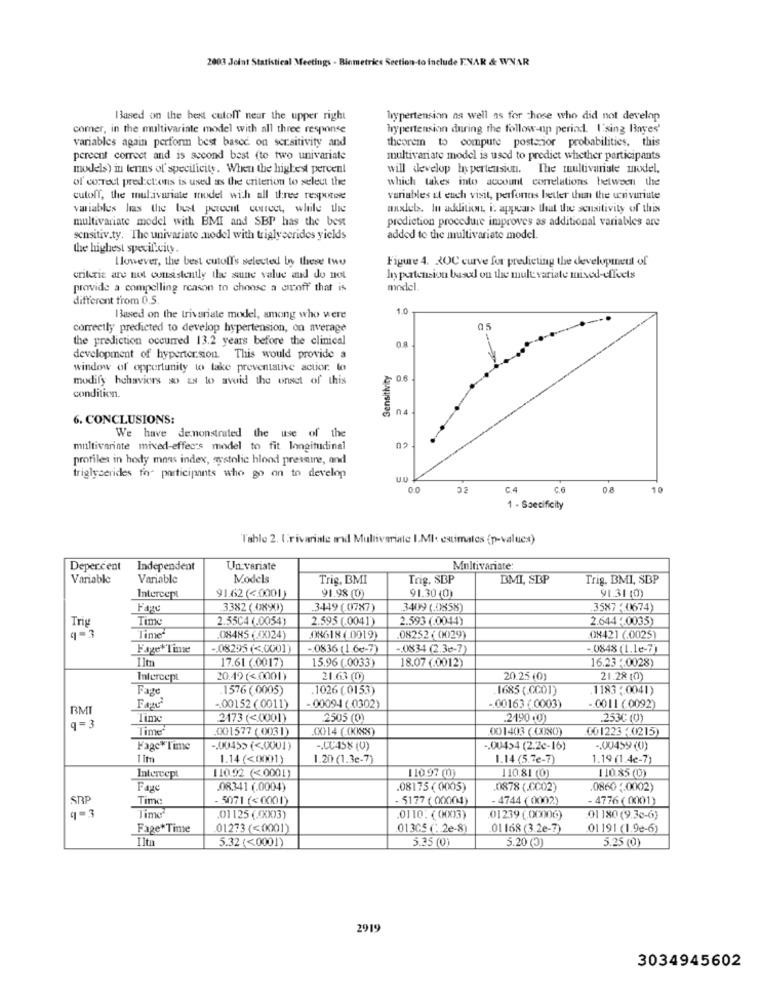
2003 Joint Statistical Meetings - Biometrics Section-to Include ENAR & WNAR
Based on the best cutoff near the upper right
hypertension as well as for those who did not develop
comer, in the multivariate model with all three response
hypertension during the follow-up period. l'sing Binyes'
variables again perform best based on sensitivity and
theorem to compute posterior probabilities. this
percent correct and is second best (to two univariate
multivariate model is used to predict whether participants
models) in tenns of specificity. When the highest percent
will develop hypertension. The multivariate model,
of correct predictions is used as the criterion to select the
which takes into account correlations between the
cutoff, the multivariate model with all three resporee
variables et euch visit, perfonns better than the wnivuriute
variables has the best percent correct, while the
auxlets. In addition, i. appear> but the sensitivity of this
multivariate model with BMI and SBP has the best
prediction procedure improves as additional variables are
sensitiv.ty. The univariate model with triglycerides yields
added to the multivariate model.
the highest specificity.
However, the best cutoff's selected by these two
Figure 4. 200 curve for predicting the development of
criteria are not consistently the same value and do not
hypertension based on the mult variate mixed-effects
provide a compelling reason to choose a umoff that is
model.
different from 0.5.
1.0
Based on the trivariate model, among who were
correctly predicted to develop hypertension, on average
05
the prediction occurred 13.2 years before the clinical
0.8
development of hypertension. This would provide a
window of opportunity to take preventative actior. to
Sensitivity
modify hahavices so as to avoid the onset of this
06
condition.
6. CONCLUSIONS:
We have demonstrated the use of the
multivariate mixed-effec's model to fit longitudinal
profiles in hody mnas index, systolic blood pressure, and
triglycerides fo- participants who go on to develop
U.U
02
c.6
0.8
10
1 - Specificity
Table 2. Urivariate and Multivariate I.MI: estimates (p-values)
Depercent
Independent
Un variate
Multivariate:
Variable
Variable
Models
Trig, BMI
Trig, SBP
BMI, SBP
Trig. BMI, SBP
91.62 ( <. 0001)
Intercept
91.98 (0)
91.30 (0)
91.31 (0)
Fagy
3382 (0890)
3449 (0787)
3409 (.0858)
3587 ( 0674)
Time
2.55C4 (.0054)
2.595 (.0041)
2.593 (.0044)
2.644 -. 0035)
Trig
"Time
08485 (0024)
08618 (.0019)
08252 ( 0029)
ON421 (.0025)
FagerTime
.. 08295 ( <. 000])
-0836 (1.6-7)
-. 0834 (2.3e-7)
-0848 (L.le-7)
1lt
17.61 (.0017)
5.96 (.0033)
18.07 (.0012)
16.23 -. 0028)
Intercept
20.49 ( <. 0001)
21.63 (0)
20.25 (0)
21.28 (0)
Fage
1576 (0005)
1026 (0153)
1685 (.CCO1)
1183,0041)
-00094(0302)
BMI
.00152 (0011)
-00163 (.0003)
-. 0011 (0092)
Time
2173 (<0001)
2505 (0)
.2490 (0)
.253C (0)
Time
001577 ( 0031)
0014 (.00855)
001403 (0080)
001223 (0215)
Page"Time
-. 0045> (<0001)
.. CC-458 (0)
-. 00454 (2.2c-16)
-. 00459(0)
1.14 (<0001)
1.20 (1.3e-7)
1.14 (5.7e-7)
1.19 (1.4c-7)
11092 (<0001)
Intercept
110.92 0
110.81 (0)
110.85 (0)
08341 (.0004)
08175 (0005)
0878 (.CC02)
0860 4.0002)
SAP
Time
- 5071 (<0001)
- 5177 (00001)
- 4744 ( 0002)
- 4776 ( 0001)
9-3
Time
.01125 (.0003)
.0110: (0003)
,01239 (.00006)
01 180 (9.30-6)
Fage*Time
01273 (<0001)
013GS ( 2e-8)
.01 168 (3.2e-7)
01 191 (1.9e-6)
Iltu
5.32 (<0001)
5.35 (0)
5.20 (3)
5.25 (0)
2919
3034945602